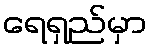
ရေရှည်မှာ